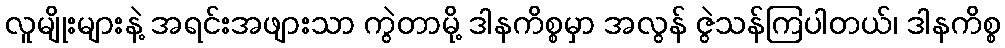
လူမျိုးများနဲ့ အရင်းအဖျားသာ ကွဲတာမို့ ဒါနကိစ္စမှာ အလွန် ဇွဲသန်ကြပါတယ်၊ ဒါနကိစ္စ